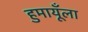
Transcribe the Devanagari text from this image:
हुमायूँला